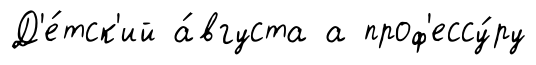
Д'е́тск'ий а́вгуста а проф'ессу́ру